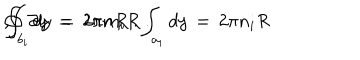
\oint \, \partial y \; = \; 2 \pi n R \; . \int _ { a _ { i } } d y \, = \, 2 \pi n _ { i } R \hspace { . 5 c m } , \hspace { . 5 c m } \int _ { b _ { i } } d y \, = \, 2 \pi m _ { i } R \; .